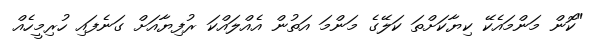
"ކޮން މަންމައެކޭ ކިޔާކަށްތަ ކަލޭގެ މަންމަ އަތުން އެއްލައްކަ ރުފިޔާއަށް ގަނެފައި ހުރިމީހެއް